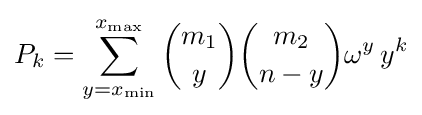
P_{k}=\sum _{y=x_{\min }}^{x_{\max }}{\binom {m_{1}}{y}}{\binom {m_{2}}{n-y}}\omega ^{y}\,y^{k}